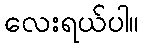
လေးရယ်ပါ။